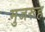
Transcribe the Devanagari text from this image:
मुजरूह